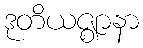
ဒုတိယဇ္ဈာနာ